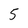
Character: 5